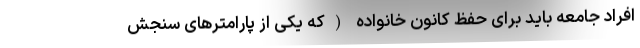
افراد جامعه باید برای حفظ کانون خانواده (که یکی از پارامترهای سنجش